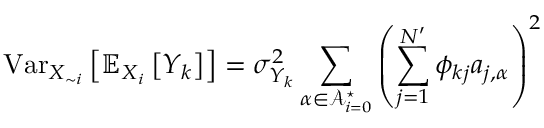
\operatorname { V a r } _ { X _ { \sim i } } \left[ \mathbb { E } _ { X _ { i } } \left[ Y _ { k } \right] \right] = \sigma _ { Y _ { k } } ^ { 2 } \sum _ { \boldsymbol { \alpha } \in \mathcal { A } _ { i = 0 } ^ { \star } } \left( \sum _ { j = 1 } ^ { N ^ { \prime } } \phi _ { k j } a _ { j , \boldsymbol { \alpha } } \right) ^ { 2 }